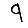
Digit: 9